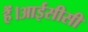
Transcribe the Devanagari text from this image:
हैं।आईसीसी